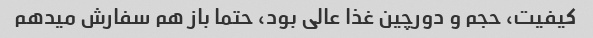
کیفیت، حجم و دورچین غذا عالی بود، حتما باز هم سفارش میدهم